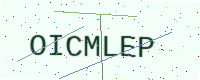
Text: OICMLEP